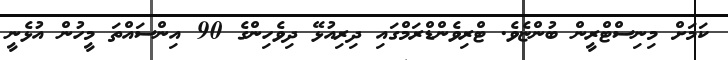
ކަމަށް މިނިސްޓްރީން ބުންޏެވެ. ޓްރިވެންޑްރަމްގައި ދިރިއުޅޭ ދިވެހިންގެ 90 އިންސައްތަ މީހުން އުޅެނީ